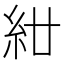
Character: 𥾰